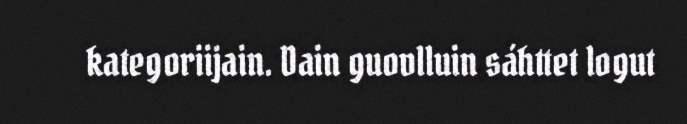
kategoriijain. Dain guovlluin sáhttet logut